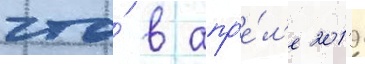
что́ в апр'е́л'е 2019